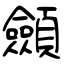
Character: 顩